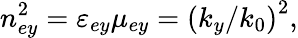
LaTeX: n_{ey}^{2}=\varepsilon_{ey}\mu_{ey}=\left(k_{y}/k_{0}\right)^{2},